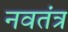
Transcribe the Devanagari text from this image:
नवतंत्र